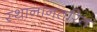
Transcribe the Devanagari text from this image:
स्थानांनतरित